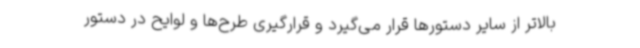
بالاتر از سایر دستورها قرار می‌گیرد و قرارگیری طرح‌ها و لوایح در دستور